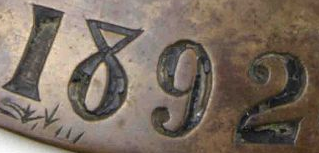
1892